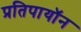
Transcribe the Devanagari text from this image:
प्रतिपायॉन